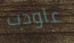
عاودت